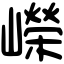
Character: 嶸